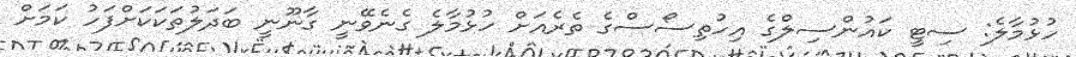
ހުޅުމާލެ: ސިޓީ ކައުންސިލްގެ އިހުތިސޯސްގެ ތެރެއަށް ހުޅުމާލެ ގެނެވޭނީ ގާނޫނީ ބަދަލުތަކަކަށްފަހު ކަމަށް